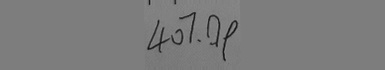
4 0 7 . 0 9